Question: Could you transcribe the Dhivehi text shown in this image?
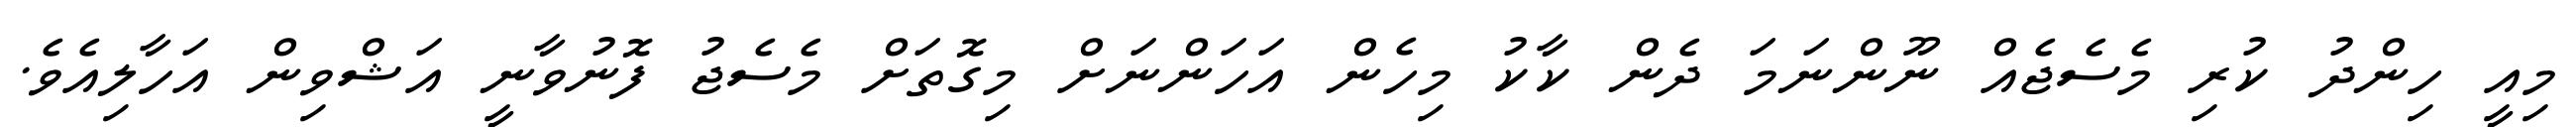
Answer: މިއީ ހިންދު ކުރި މެސެޖެއް ނޫންނަމަ ދެން ކާކު މިހެން އަހަންނަށް މިގޮތަށް މެސެޖު ފޮނުވާނީ އަޝްވިން އަހާލިއެވެ.